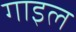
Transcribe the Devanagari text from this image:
गाइल